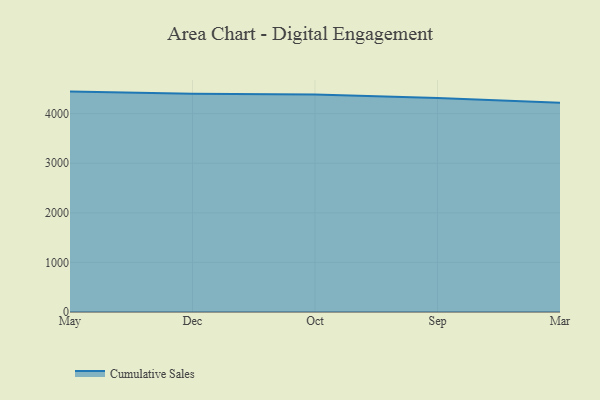
{"axis": {"x": "Month", "y": "Shipments"}, "legend": ["Cumulative Sales"], "data": [{"x": "May", "y": 4444.9, "type": "Cumulative Sales"}, {"x": "Dec", "y": 4400.2, "type": "Cumulative Sales"}, {"x": "Oct", "y": 4388.7, "type": "Cumulative Sales"}, {"x": "Sep", "y": 4313.4, "type": "Cumulative Sales"}, {"x": "Mar", "y": 4221.6, "type": "Cumulative Sales"}]}